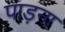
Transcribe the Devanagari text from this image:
पाड़ना